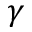
\gamma